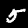
Digit: 5